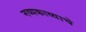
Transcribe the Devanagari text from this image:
नव्यकाव्याचे